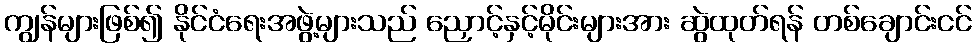
ကျွန်များဖြစ်၍ နိုင်ငံရေးအဖွဲ့များသည် ညှောင့်နှင့်မိုင်းများအား ဆွဲထုတ်ရန် တစ်ချောင်းငင်